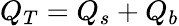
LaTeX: Q_{T}=Q_{s}+Q_{b}